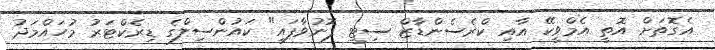
އެގޮތަށް އޮތީ އެމްވީކޭ އާއި ކްރެސެންޑާޒް ސިޓީ ފޮނުވާފައި" ކައުންސިލްގެ ޑިރެކްޓަރު މުހައްމަދު